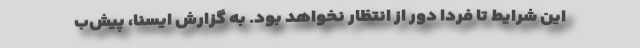
این شرایط تا فردا دور از انتظار نخواهد بود. به گزارش ایسنا، پیش‌ب